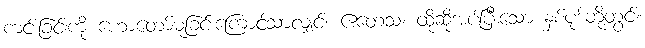
ကင်းခြင်းကို ဟောတော်မူခြင်းကြောင့်သာလျှင်။ ဧတေသံ၊ ထိုဆိုအပ်ပြီးသော နှစ်ပုဒ်တို့တွင်။